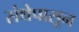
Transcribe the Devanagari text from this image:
संथेपासून